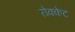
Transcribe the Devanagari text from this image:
रोक्केट